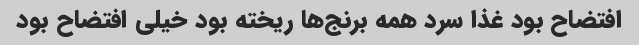
افتضاح بود غذا سرد همه برنج‌ها ریخته بود خیلی افتضاح بود